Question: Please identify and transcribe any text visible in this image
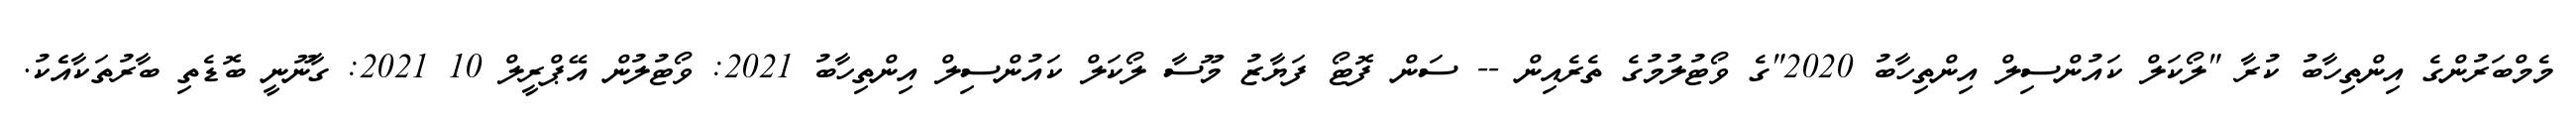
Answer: މެމްބަރުންގެ އިންތިހާބު ކުރާ "ލޯކަލް ކައުންސިލް އިންތިހާބު 2020"ގެ ވޯޓުލުމުގެ ތެރެއިން -- ސަން ފޮޓޯ ފަޔާޒު މޫސާ ލޯކަލް ކައުންސިލް އިންތިހާބު 2021: ވޯޓުލުން އޭޕްރީލް 10 2021: ގާނޫނީ ބޮޑެތި ބާރުތަކާއެެކު.